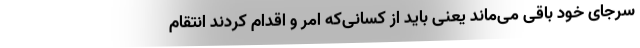
سرجای خود باقی می‌ماند یعنی باید از کسانی‌که امر و اقدام کردند انتقام